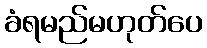
ခံရမည်မဟုတ်ပေ